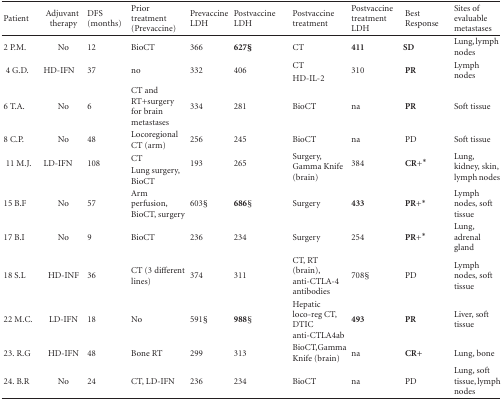
<table><thead><tr><td><b> Patient</b></td><td><b>Adjuvant therapy</b></td><td><b>DFS (months)</b></td><td><b>Prior treatment (Prevaccine)</b></td><td><b>Prevaccine LDH</b></td><td><b>PostvaccineLDH</b></td><td><b>Postvaccine treatment</b></td><td><b>Postvaccine treatment LDH</b></td><td><b>Best Response</b></td><td><b>Sites of evaluable metastases</b></td></tr></thead><tbody><tr><td> 2 P.M.</td><td>No</td><td>12</td><td>BioCT</td><td>366</td><td><b>627</b>§</td><td>CT</td><td><b>411</b></td><td><b>SD</b></td><td>Lung, lymph nodes</td></tr><tr><td rowspan="2"> 4 G.D.</td><td rowspan="2">HD-IFN</td><td rowspan="2">37</td><td rowspan="2">no</td><td rowspan="2">332</td><td rowspan="2">406</td><td>CT</td><td rowspan="2">310</td><td rowspan="2"><b>PR</b></td><td rowspan="2">Lymph nodes</td></tr><tr><td>HD-IL-2</td></tr><tr><td> 6 T.A.</td><td>No</td><td>6</td><td>CT and RT+surgery for brain metastases</td><td>334</td><td>281</td><td>BioCT</td><td>na</td><td><b>PR</b></td><td>Soft tissue</td></tr><tr><td> 8 C.P.</td><td>No</td><td>48</td><td>Locoregional CT (arm)</td><td>256</td><td>245</td><td>BioCT</td><td>na</td><td>PD</td><td> Soft tissue</td></tr><tr><td rowspan="2"> 11 M.J.</td><td rowspan="2">LD-IFN</td><td rowspan="2">108</td><td>CT</td><td rowspan="2">193</td><td rowspan="2">265</td><td rowspan="2">Surgery, Gamma Knife (brain)</td><td rowspan="2">384</td><td rowspan="2"><b>C</b><b>R</b>+*</td><td rowspan="2">Lung, kidney, skin, lymph nodes</td></tr><tr><td>Lung surgery, BioCT</td></tr><tr><td> 15 B.F</td><td>No</td><td>57</td><td>Arm perfusion, BioCT, surgery</td><td>603§</td><td><b>686§</b></td><td>Surgery</td><td><b>433</b></td><td><b>P</b><b>R</b>+*</td><td>Lymph nodes, soft tissue</td></tr><tr><td> 17 B.I</td><td>No</td><td>9</td><td>BioCT</td><td>236</td><td>234</td><td>Surgery</td><td>254</td><td><b>P</b><b>R</b>+*</td><td>Lung, adrenal gland</td></tr><tr><td> 18 S.L</td><td>HD-INF</td><td>36</td><td>CT (3 different lines)</td><td>374</td><td>311</td><td>CT, RT (brain), anti-CTLA-4 antibodies</td><td>708§</td><td>PD</td><td>Lymph nodes, soft tissue</td></tr><tr><td>22 M.C.</td><td>LD-IFN</td><td>18</td><td>No</td><td>591§</td><td><b>988§</b></td><td>Hepatic loco-reg CT, DTIC anti-CTLA4ab</td><td><b>493</b></td><td><b>PR</b></td><td>Liver, soft tissue</td></tr><tr><td> 23. R.G</td><td>HD-IFN</td><td>48</td><td>Bone RT</td><td>299</td><td>313</td><td>BioCT,Gamma Knife (brain)</td><td>na</td><td><b>CR+</b></td><td>Lung, bone</td></tr><tr><td> 24. B.R</td><td>No</td><td>24</td><td>CT, LD-IFN</td><td>236</td><td>234</td><td>BioCT</td><td>na</td><td>PD</td><td>Lung, soft tissue, lymph nodes</td></tr></tbody></table>